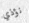
نؤذي